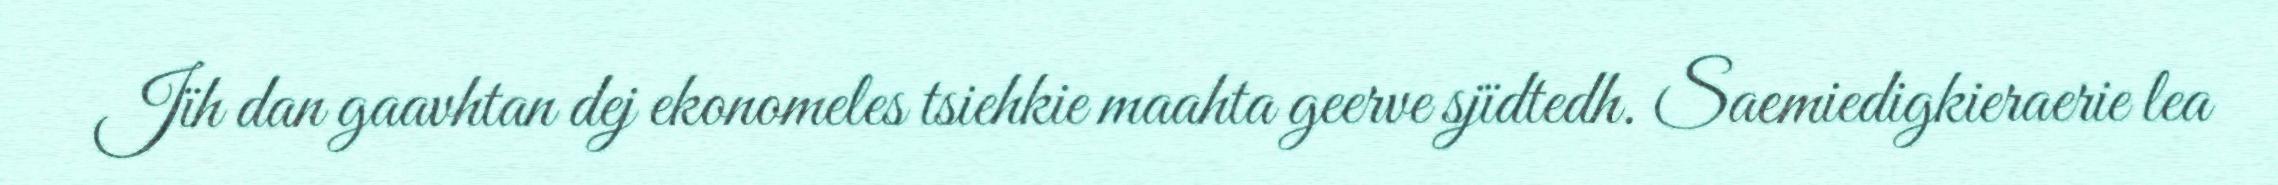
Jïh dan gaavhtan dej ekonomeles tsiehkie maahta geerve sjïdtedh. Saemiedigkieraerie lea